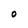
Character: O